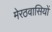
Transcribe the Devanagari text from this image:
मेरठवासियों